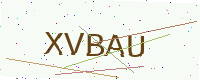
Text: XVBAU